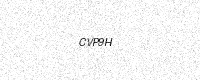
Text: CVP9H